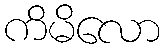
ကိမိလော